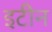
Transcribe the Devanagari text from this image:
इटीन